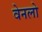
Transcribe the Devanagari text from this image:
वेनलो